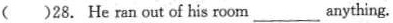
( )28. He ran out of his room_________anything.